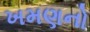
ખમણનો